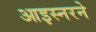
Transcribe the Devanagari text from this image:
आइस्नरने